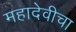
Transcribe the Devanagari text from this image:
महादेवीचा